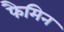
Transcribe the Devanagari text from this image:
फैमिन